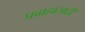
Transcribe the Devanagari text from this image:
प्रवाहासाठी